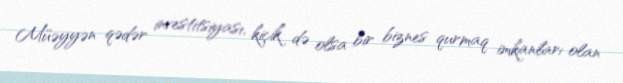
Müəyyən qədər investitsiyası, kiçik də olsa bir biznes qurmaq imkanları olan